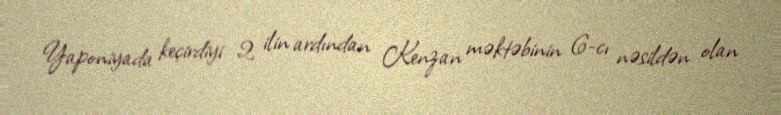
Yaponiyada keçirdiyi 2 ilin ardından Kenzan məktəbinin 6-cı nəsildən olan